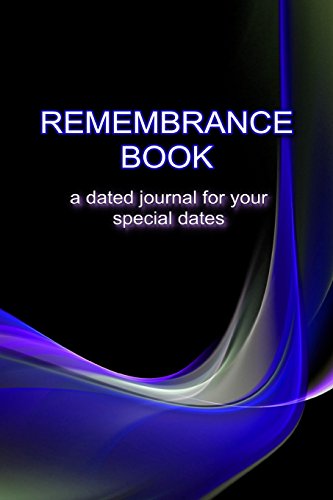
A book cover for Remembrance Book: A Dated Journal For Your Special Dates; Loretta Dodson; Christian Books & Bibles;